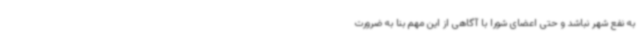
به نفع شهر نباشد و حتی اعضای شورا با آگاهی از این مهم بنا به ضرورت